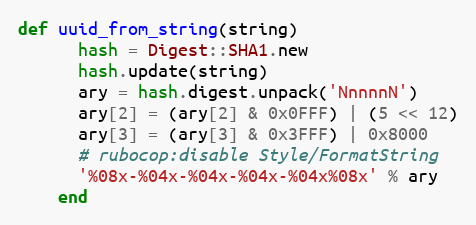
Language: Ruby
def uuid_from_string(string)
      hash = Digest::SHA1.new
      hash.update(string)
      ary = hash.digest.unpack('NnnnnN')
      ary[2] = (ary[2] & 0x0FFF) | (5 << 12)
      ary[3] = (ary[3] & 0x3FFF) | 0x8000
      # rubocop:disable Style/FormatString
      '%08x-%04x-%04x-%04x-%04x%08x' % ary
    end